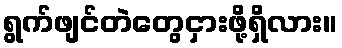
ရွက်ဖျင်တဲတွေငှားဖို့ရှိလား။